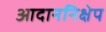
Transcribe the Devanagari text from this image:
आदाननिक्षेप